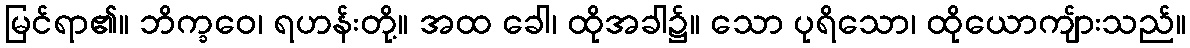
မြင်ရာ၏။ ဘိက္ခဝေ၊ ရဟန်းတို့။ အထ ခေါ၊ ထိုအခါ၌။ သော ပုရိသော၊ ထိုယောကျ်ားသည်။